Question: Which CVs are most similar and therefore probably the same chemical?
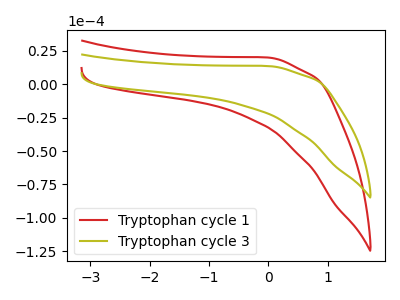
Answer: <think>The red curve "Tryptophan cycle 1" has no peaks. The olive curve "Tryptophan cycle 3" has no peaks.
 Neither "Tryptophan cycle 1" or "Tryptophan cycle 3" have any peaks.</think>
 <answer>"Tryptophan cycle 3" and "Tryptophan cycle 1" have the same shape and are likely CV's of the same chemical.</answer>
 <eval>"Tryptophan cycle 3" "Tryptophan cycle 1"</eval>